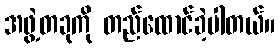
အဖွဲ့တခုကို တည်ထောင်ခဲ့ပါတယ်။